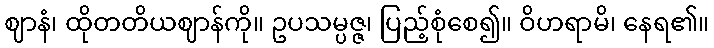
ဈာနံ၊ ထိုတတိယဈာန်ကို။ ဥပသမ္ပဇ္ဇ၊ ပြည့်စုံစေ၍။ ဝိဟရာမိ၊ နေရ၏။